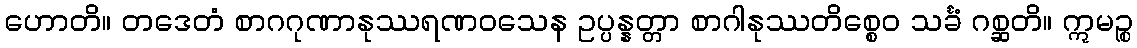
ဟောတိ။ တဒေတံ စာဂဂုဏာနုဿရဏဝသေန ဥပ္ပန္နတ္တာ စာဂါနုဿတိစ္စေဝ သင်္ခံ ဂစ္ဆတိ။ ဣမဉ္စ